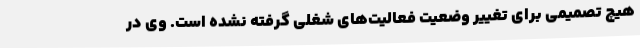
هیچ تصمیمی برای تغییر وضعیت فعالیت‌های شغلی گرفته نشده است. وی در